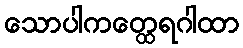
သောပါကတ္ထေရဂါထာ